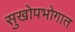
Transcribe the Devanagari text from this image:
सुखोपभोगात